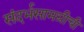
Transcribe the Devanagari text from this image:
संदर्भसामग्रीची